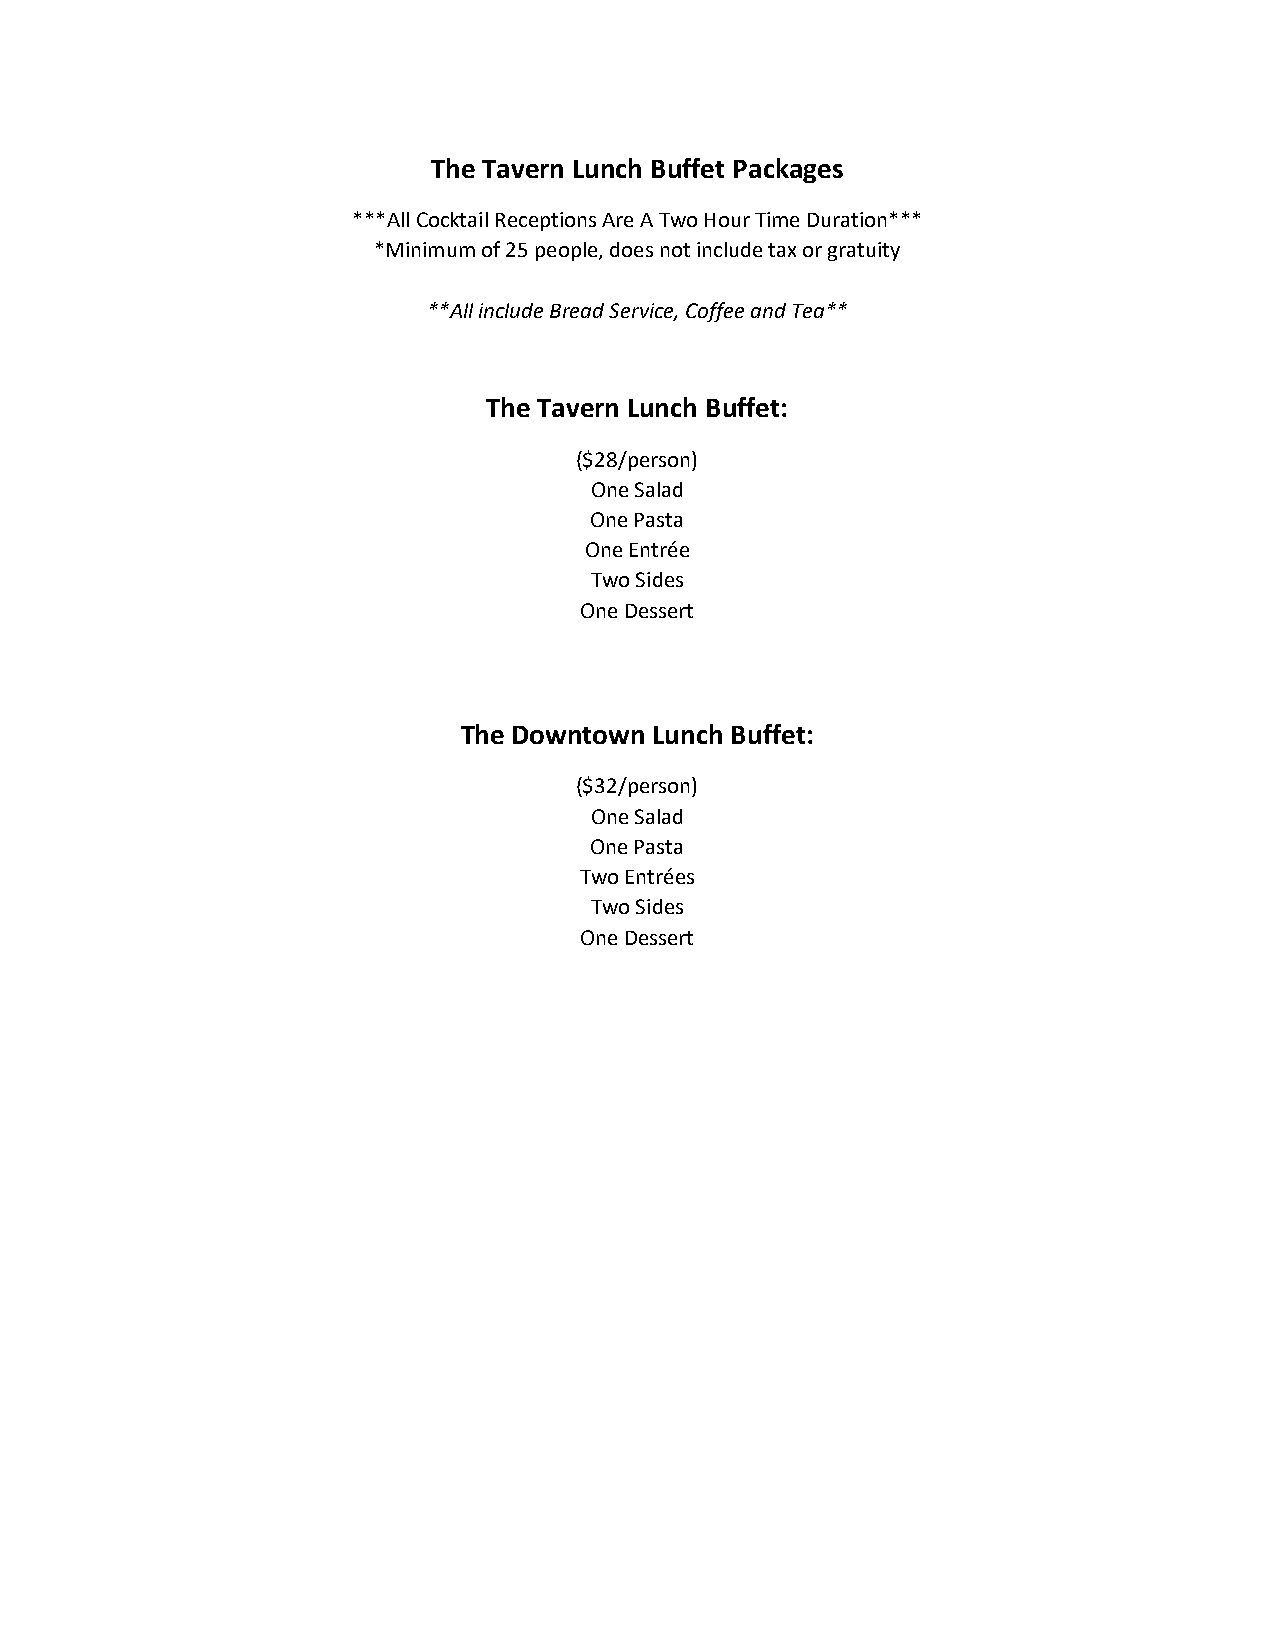
The Tavern Lunch Buffet Packages
 ***All Cocktail Receptions Are A Two Hour Time Duration***
 *Minimum of 25 people, does not include tax or gratuity
 **All include Bread Service, Coffee and Tea**
 The Tavern Lunch Buffet:
 ($28/person)
 One Salad
 One Pasta
 One Entrée
 Two Sides
 One Dessert
 The Downtown Lunch Buffet:
 ($32/person)
 One Salad
 One Pasta
 Two Entrées
 Two Sides
 One Dessert